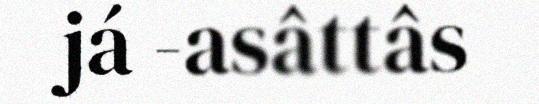
já -asâttâs